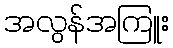
အလွန်အကြူး